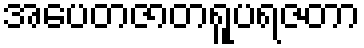
အပေတဇာတရူပရဇတာ